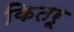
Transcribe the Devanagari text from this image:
कितरू